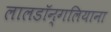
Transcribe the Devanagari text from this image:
लालडॉन्गलियाना